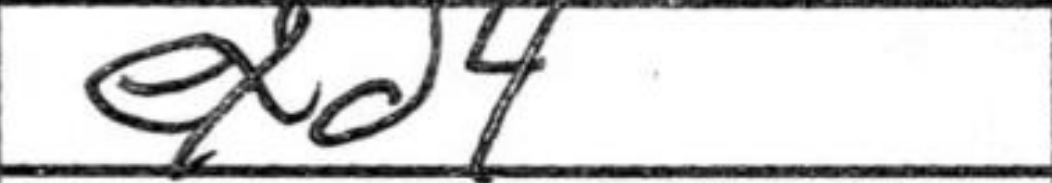
Transcription: exd4